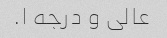
عالی و درجه ۱.